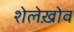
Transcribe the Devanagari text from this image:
शेलेख़ोव